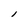
Character: l